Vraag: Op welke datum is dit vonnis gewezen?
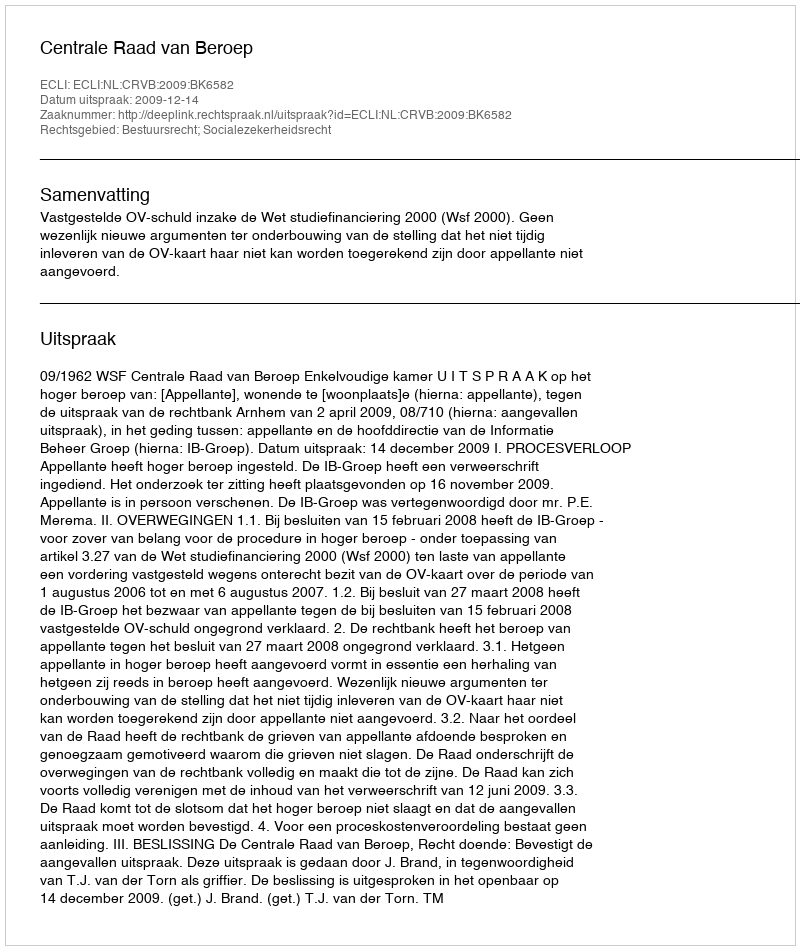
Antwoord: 2009-12-14